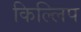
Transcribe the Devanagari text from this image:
किल्लिप